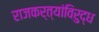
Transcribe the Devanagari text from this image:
राजकर्त्यांविरुद्ध